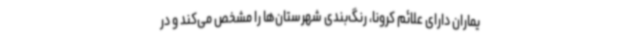
یماران دارای علائم کرونا، رنگ‌بندی شهرستان‌ها را مشخص می‌کند و در